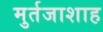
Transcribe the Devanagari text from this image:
मुर्तजाशाह